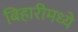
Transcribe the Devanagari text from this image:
बिहारीमध्ये